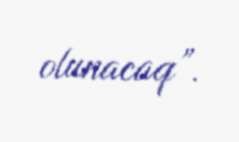
olunacaq”.